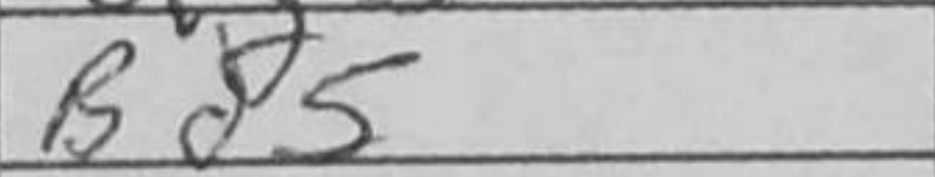
Transcription: Bd5